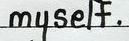
myself .